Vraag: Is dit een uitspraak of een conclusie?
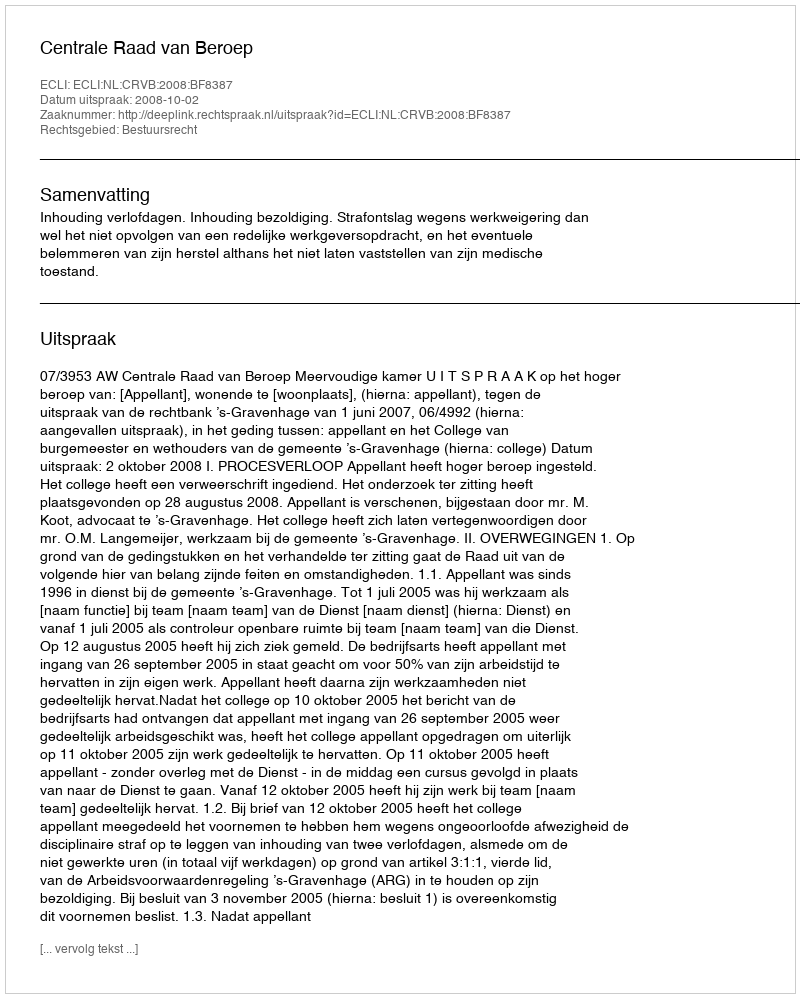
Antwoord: Uitspraak